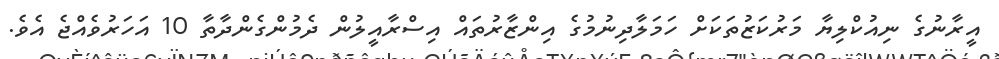
އީރާނުގެ ނިއުކްލިޔާ މަރުކަޒުތަކަށް ހަމަލާދިނުމުގެ އިންޒާރުތައް އިސްރާއީލުން ދެމުންގެންދާތާ 10 އަހަރުވެއްޖެ އެވެ.